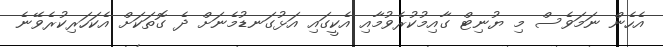
އެހެން ނަމަވެސް މި ޔުނިޓް ގާއިމުކުރެވުމާއި އެކީގައި އަޅުގަނޑުމެނަށް ދެ ގޮތަކަށް އެކަހަރިކުރެވޭނެ